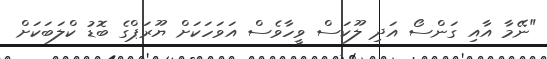
"ނޭމާ އާއި ގަންސޯ އަދި ލޫކަސް ވީހާވެސް އަވަހަކަށް ޔޫރަޕްގެ ބޮޑު ކްލަބަކަށް